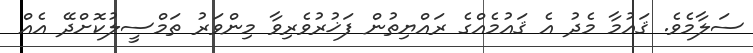
ސަލާމެވެ. ޤައުމާ މެދު އެ ޤައުމެއްގެ ރައްޔިތުން ފަޚުރުވެރިވާ މިންވަރު ތަމްސީލުކޮށްދޭ އެއް